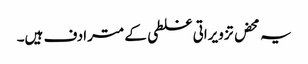
یہ محض تزویراتی غلطی کے مترادف ہیں۔